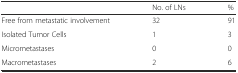
<table><thead><tr><td></td><td><b>No. of LNs</b></td><td><b>%</b></td></tr></thead><tbody><tr><td>Free from metastatic involvement</td><td>32</td><td>91</td></tr><tr><td>Isolated Tumor Cells</td><td>1</td><td>3</td></tr><tr><td>Micrometastases</td><td>0</td><td>0</td></tr><tr><td>Macrometastases</td><td>2</td><td>6</td></tr></tbody></table>